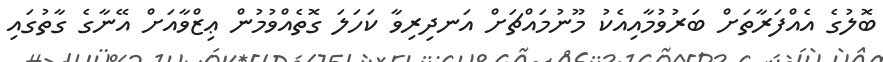
ބޮލުގެ އެއްފަރާތަށް ބަރުވުމާއިއެކު މޫނުމައްޗަށް އަނދިރިވާ ކަހަލަ ގޮތެއްވުމުން ޢިޒްވާއަށް އޭނާގެ ގާތުގައި